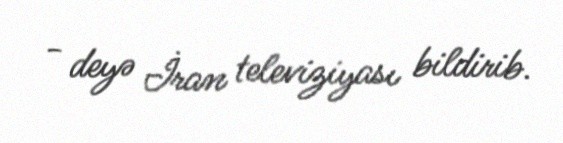
- deyə İran televiziyası bildirib.